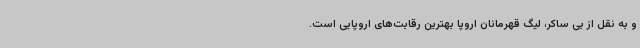
و به نقل از بی ساکر، لیگ قهرمانان اروپا بهترین رقابت‌های اروپایی است.